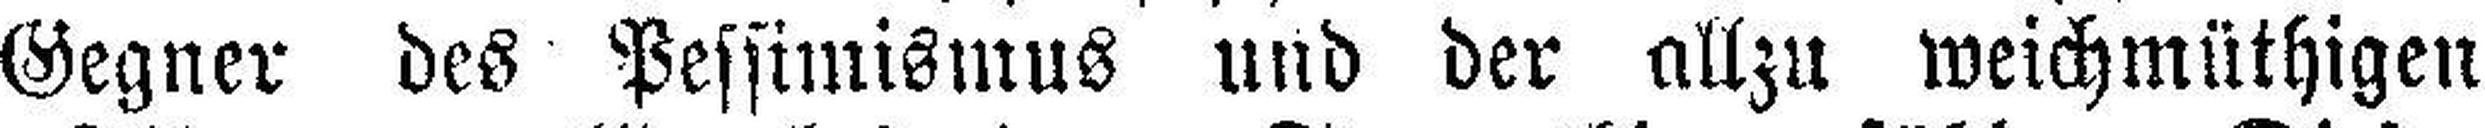
Gegner des Pessimismus und der allzu weichmüthigen